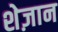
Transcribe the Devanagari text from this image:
शेज़ान